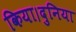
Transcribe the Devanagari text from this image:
किया।दुनिया